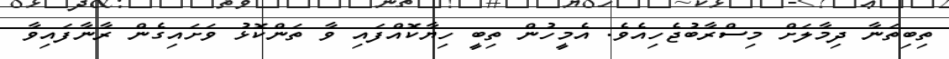
ތިބިތަނާ ދިމާލަށް މިސްރާބުޖެހިއެވެ. އެމީހުން ތިބީ ހިޔާކޮއްފައި ވާ ތަންކޮޅު ވަށައިގެން ރާނާފައިވާ